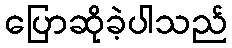
ပြောဆိုခဲ့ပါသည်